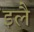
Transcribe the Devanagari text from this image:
इलै